Vaccination report Assam 1896-1927 - 1896-1927
Year: 1896
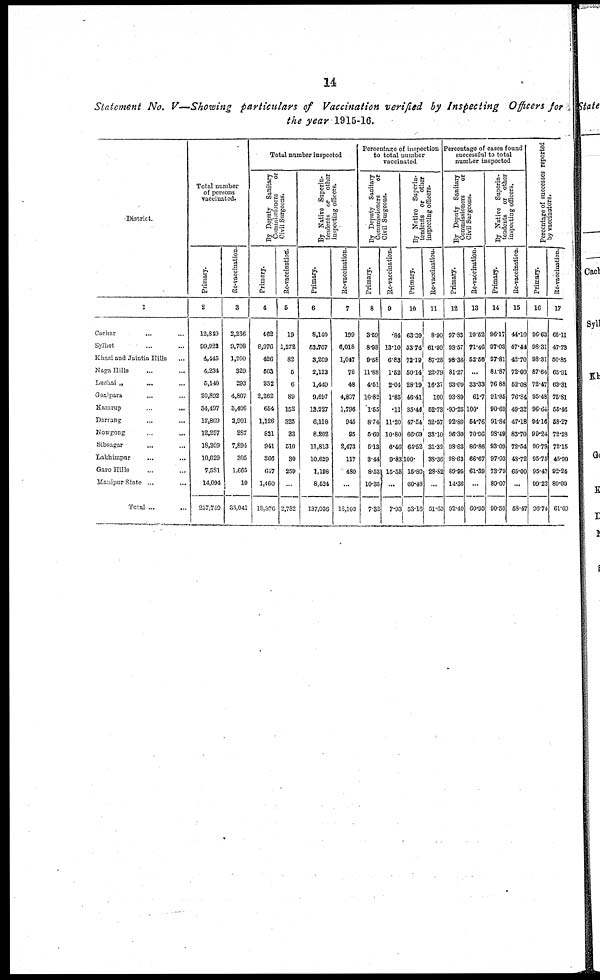
14
Statement No. V—Showing particulars of Vaccination verified by Inspecting Officers for
the year 1915-16.
District.
1
Cachar... ... ...
Sylhet... ...
Khasi and Jaintia Hills... ...
Naga Hills... ...
Lunhai „ ... ...
Goalpara... ...
Kamrup...
...
Darrang... ...
Nowgong...
...
Sibsagar... ...
Lakhimpur...
...
Garo Hills... ...
Manipur State ...
Total ...
Total number
of persons
vaccinated.
Primary.
2
12,840
99,922
4,445
4,234
5,140
20,892
34,497
12,869
12,297
18,309
10,629
7,531
14,094
257,749
Re-vaccination.
3
2,236
9,708
1,200
329
293
4,807
3,406
2,901
287
7,894
305
1,665
10
35,041
Total number inspected
By Deputy Sanitary
Commissioners
or
Civil Surgeons.
Primary.
4
462
8,976
426
503
232
2,262
654
1,126
821
941
360
647
1,460
18,876
Re-vaccination.
5
19
1,272
82
6
6
89
152
325
33
510
30
259
...
2,782
By Native Superin-
tendents or
other
inspecting officers.
Primary.
6
8,140
53,707
3,209
2,123
1,449
9,697
12,227
6,118
8,202
11,813
10,629
1,198
8,524
137,036
Re-vaccination.
7
199
6,018
1,047
75
48
4,807
1,796
945
95
2,473
117
480
...
18,100
Percentage of inspection
to total number
vaccinated
By Deputy Sanitary
Commissioners
or
Civil Surgeons.
Primary.
8
3.59
8.98
9.58
11.88
4.51
10.82
1.55
8.74
5.69
5.13
3.44
8.53
10.35
7.32
Re-vaccination.
9
.84
13.10
6.83
1.52
2.04
1.85
.11
11.20
10.80
6.46
9.83
15.55
...
7.93
By Native Superin-
tendents or other
inspecting officers.
Primary.
10
63.39
53.74
72.19
50.14
28.19
46.41
35.44
47.54
66.69
64.52
100
15.80
60.48
53.16
Re-vaccination.
11
8.90
61.99
87.25
22.79
16.37
100
52.73
32.57
33.10
31.32
38.36
28.82
...
51.65
Percentage of cases found
successful to total
number inspected
By Deputy Sanitary
Commissioners
or
Civil Surgeons.
Primary.
12
97.83
98.57
98.36
81.27
33.09
93.89
99.25
92.89
96.30
98.83
98.69
89.95
14.36
92.40
Re-vaccination.
13
10.52
71.46
52.56
...
33.33
61.7
100*
54.76
70.96
86.86
66.67
61.39
...
60.93
By Native Superin-
tendents
or other
inspecting officers.
Primary.
14
96.17
97.03
97.81
81.87
76.88
91.85
90.69
91.84
98.49
93.09
97.93
73.79
89.07
90.50
Re-vaccination.
15
44.10
47.44
42.70
72.00
62.08
76.84
49.33
47.18
83.70
72.54
48.72
65.00
...
68.47
Percentage of successes reported
by vaccinators.
Primary.
16
96.63
98.31
98.31
87.64
72.47
95.48
96.64
94.16
99.24
96.79
95.75
95.47
99.22
96.74
Re-vaccination.
17
65.11
47.73
50.85
65.91
63.31
76.81
55.46
58.27
72.23
72.15
45.90
92.24
80.00
61.69